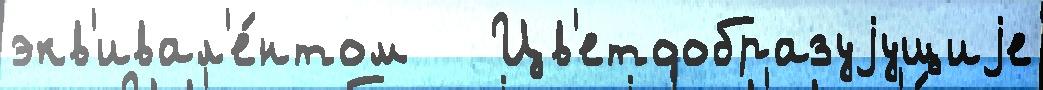
экв'ивал'е́нтом   Цв'етообразуjущиjе